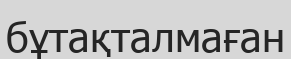
бұтақталмаған